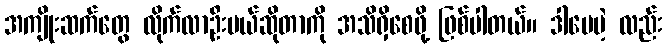
အကျိုးဆက်တွေ လိုက်လာဦးမယ်ဆိုတာကို အသိရှိစေဖို့ ဖြစ်ပါတယ်။ ဒါပေမဲ့ လည်း